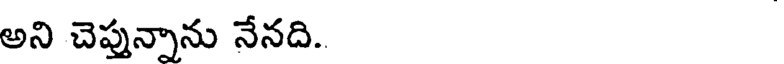
అని చెప్తున్నాను నేనది.